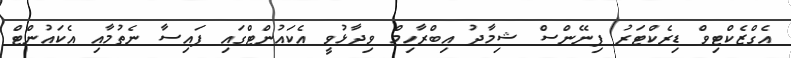
އެގްޒެކްޓިވް ޑިރެކްޓަރު ފިނޭންސް ޝިމާދު އިބްރާހިމް ވިދާޅުވީ އެކައުންޓްގައި ފައިސާ ނެތުމާއި އެކައުންޓް